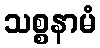
သစ္စနာမံ